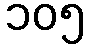
၁၀၅